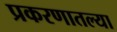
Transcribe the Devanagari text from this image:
प्रकरणातल्या